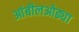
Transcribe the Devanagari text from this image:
आंबीलओढ्या